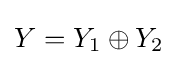
Y=Y_{1}\oplus Y_{2}